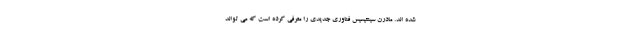
شده اند. مادرن سینتیسیس فناوری جدیدی را معرفی کرده است که می تواند